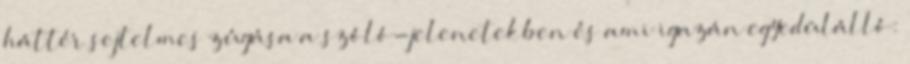
háttér sejtelmes zúgása a szóló-jelenetekben és ami igazán egyedülálló: